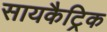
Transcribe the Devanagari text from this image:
सायकैट्रिक